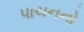
પાચનનો